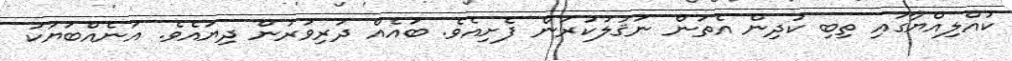
ކުއްލިއްޔާގައި ތިބި ކުދިން އެތަން ނަޤުލުކުރަން ފެށިއެވެ. ބައެއް ދަރިވަރުން ދިޔައެވެ. އަނެއްބަޔަކު